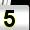
Digit: 5